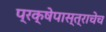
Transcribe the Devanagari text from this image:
प्रक्षेपास्त्राचेच